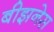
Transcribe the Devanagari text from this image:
बीझनेस